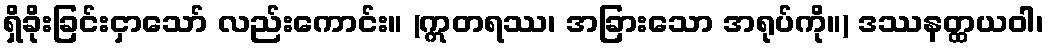
ရှိခိုးခြင်းငှာသော် လည်းကောင်း။ (ဣတရဿ၊ အခြားသော အရုပ်ကို။) ဒဿနတ္ထယဝါ၊